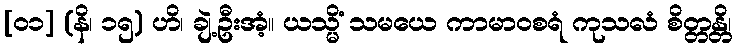
[၀၁] (နိ၊ ၁၅) ဟိ၊ ချဲ့ဦးအံ့။ ယသ္မိံ သမယေ ကာမာဝစရံ ကုသလံ စိတ္တန္တိ၊